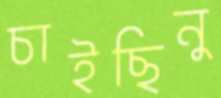
চাইছিনু